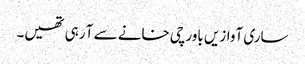
ساری آوازیں باورچی خانے سے آ رہی تھیں۔